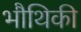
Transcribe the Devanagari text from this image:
भौथिकी